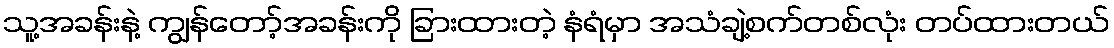
သူ့အခန်းနဲ့ ကျွန်တော့်အခန်းကို ခြားထားတဲ့ နံရံမှာ အသံချဲ့စက်တစ်လုံး တပ်ထားတယ်